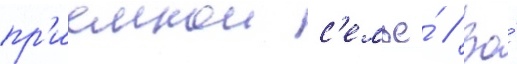
пр'иемнои с'емье́ // Во́